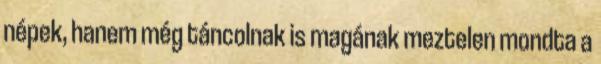
népek, hanem még táncolnak is magának meztelen mondta a